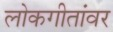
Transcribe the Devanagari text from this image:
लोकगीतांवर